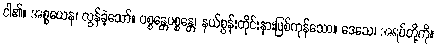
ငါ၏။ အစ္စယေန၊ လွန်ခဲ့သော်။ ပစ္စန္တေပစ္စန္တေ၊ နယ်စွန်းတိုင်းနားဖြစ်ကုန်သော။ ဒေသေ၊ အရပ်တို့ကို။